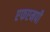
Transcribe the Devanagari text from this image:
एफएमपी